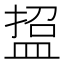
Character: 𭾃